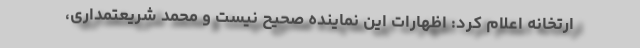
ارتخانه اعلام کرد: اظهارات این نماینده صحیح نیست و محمد شریعتمداری،